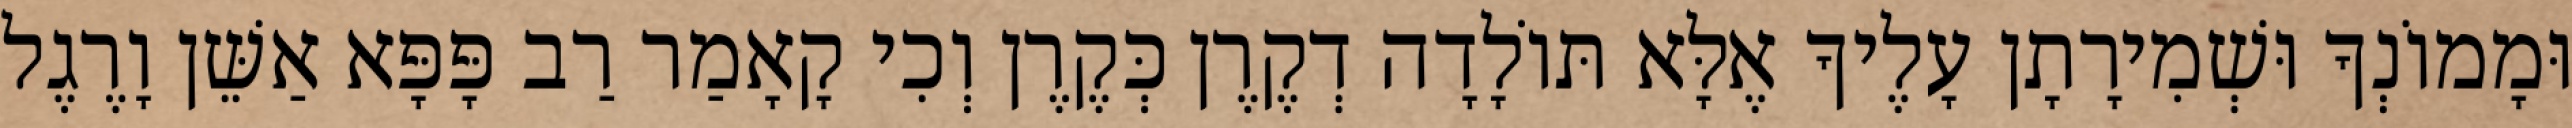
וּמָמוֹנְךָ וּשְׁמִירָתָן עָלֶיךָ אֶלָּא תּוֹלָדָה דְקֶרֶן כְּקֶרֶן וְכִי קָאָמַר רַב פָּפָּא אַשֵּׁן וָרֶגֶל